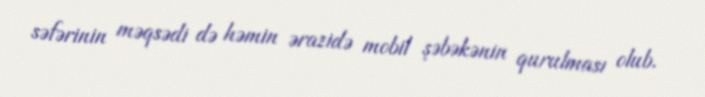
səfərinin məqsədi də həmin ərazidə mobil şəbəkənin qurulması olub.